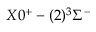
X 0 ^ { + } - ( 2 ) ^ { 3 } \Sigma ^ { - }